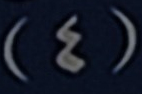
(4)